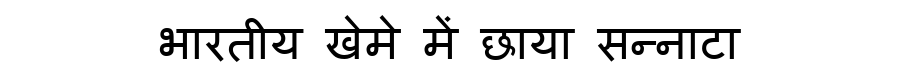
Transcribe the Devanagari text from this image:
भारतीय खेमे में छाया सन्नाटा